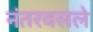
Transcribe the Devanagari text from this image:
नंतरवसले